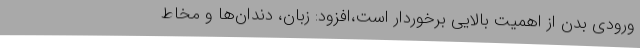
ورودی بدن از اهمیت بالایی برخوردار است،افزود: زبان، دندان‌ها و مخاط